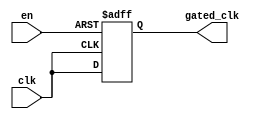
module clock_gating_buffer (
    input wire clk,      // Primary clock signal
    input wire en,       // Enable signal
    output wire gated_clk // Gated clock output
);

// Internal signal to prevent clock glitches
reg gated_clk_reg;

// Clock gating logic
always @(posedge clk or negedge en) begin
    if (!en) begin
        gated_clk_reg <= 1'b0; // Hold low when disabled
    end else begin
        gated_clk_reg <= clk;   // Pass through clock when enabled
    end
end

assign gated_clk = gated_clk_reg;

endmodule